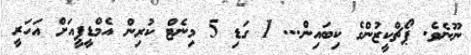
ނޫނެވެ. ޕޯޗްކީޒުންގެ ކިބައިން... 1 ގަޑި 5 މިނެޓް ކުރިން އެމްޑީޕީއަށް އަހަރީ